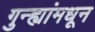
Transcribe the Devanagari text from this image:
गुन्ह्यांमधून